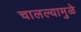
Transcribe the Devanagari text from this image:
चालल्यामुळे